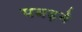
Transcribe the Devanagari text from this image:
पबढ़ने